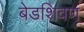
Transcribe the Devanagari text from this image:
बेडशिवण